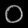
Digit: ၀